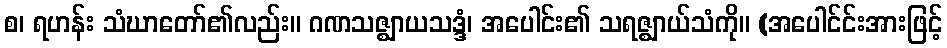
စ၊ ရဟန်း သံဃာတော်၏လည်း။ ဂဏသဇ္ဈာယသဒ္ဒံ၊ အပေါင်း၏ သရဇ္ဈာယ်သံကို။ (အပေါင်င်းအားဖြင့်